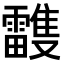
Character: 𩁦